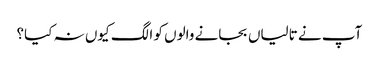
آپ نے تالیاں بجانے والوں کو الگ کیوں نہ کیا؟